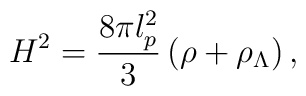
H^{2}=\frac{8\pi l_{p}^{2}}{3}\left( \rho +\rho _{\Lambda }\right) ,